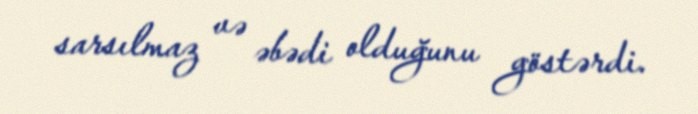
sarsılmaz və əbədi olduğunu göstərdi.